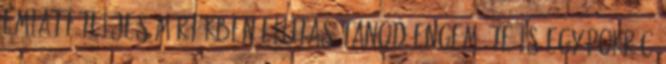
emiatt teljes mértékben elutasítanod engem. Te is egy pokróc